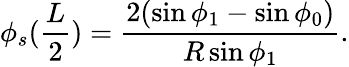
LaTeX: \phi_{s}(\frac{L}{2})=\frac{2(\sin\phi_{1}-\sin\phi_{0})}{R\sin\phi_{1}}.